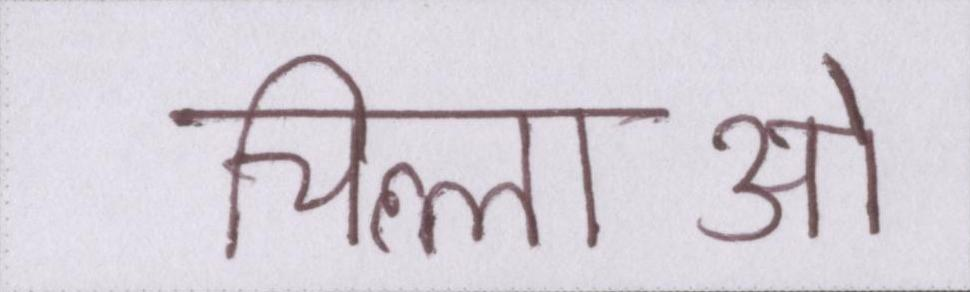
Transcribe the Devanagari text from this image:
चिल्लाओ